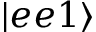
| e e 1 \rangle